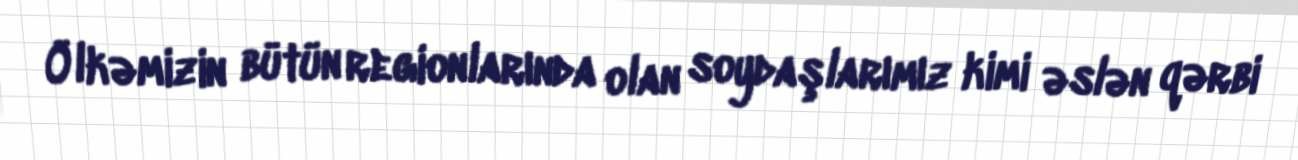
Ölkəmizin bütün regionlarında olan soydaşlarımız kimi əslən qərbi